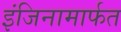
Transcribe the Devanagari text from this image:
इंजिनामार्फत